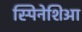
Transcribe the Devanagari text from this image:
स्पिनेशिआ